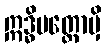
ဣဒ္ဓိပတ္တောမှိ